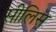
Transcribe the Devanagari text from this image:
सीलिस